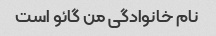
نام خانوادگی من گائو است